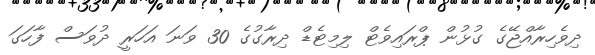
ދިވެހިރާއްޖޭގެ ގުޅުން ޕްރައިވެޓް ލިމިޓެޑް ދިރާގުގެ 30 ވަނަ އަހަރީ ދުވަސް ފާހަގަ